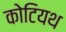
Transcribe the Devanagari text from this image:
कोटियथ